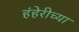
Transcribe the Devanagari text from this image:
हंहेरीच्या